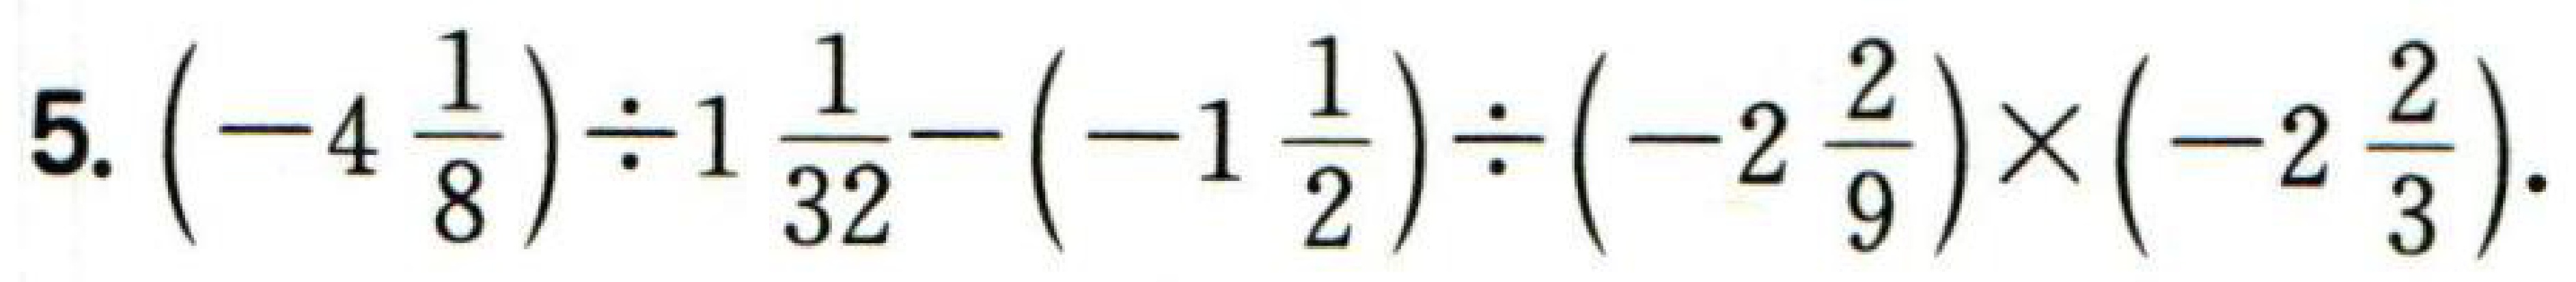
$5.\left(-4\frac{1}{8}\right)\div1\frac{1}{32}-\left(-1\frac{1}{2}\right)\div\left(-2\frac{2}{9}\right)\times\left(-2\frac{2}{3}\right)$